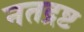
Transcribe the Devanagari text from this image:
नतद्रष्ट